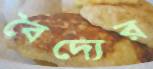
বৈদ্যের